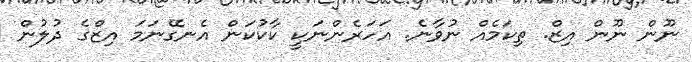
ނޫން ނޫން އިޒް. ތިކަމެއް ނުވާނެ. އަހަރެންނަކީ ކާކުކަން އެނގޭނަމަ އިޒްގެ ދުލުން